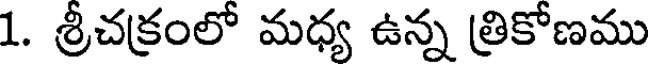
1. శ్రీచక్రంలో మధ్య ఉన్న త్రికోణము